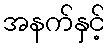
အနက်နှင့်